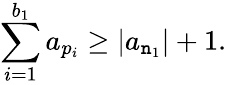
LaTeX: \sum_{i=1}^{b_{1}}a_{p_{i}}\geq|a_{\mathtt{n}_{1}}|+1.